Lunatic asylums Punjab 1868-1880 - 1868-1880
Year: 1868
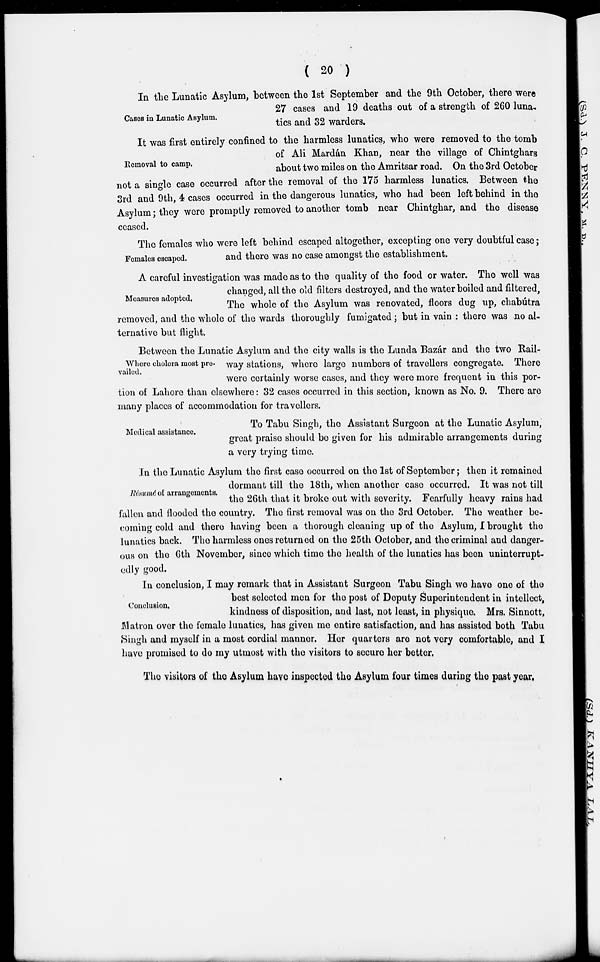
( 20 )
Cases in Lunatic Asylum.
In the Lunatic Asylum, between the 1st September and the 9th October, there were
27 cases and 19 deaths out of a strength of 260 luna-
tics and 32 warders.
Removal to camp.
It was first entirely confined to the harmless lunatics, who were removed to the tomb
of Ali Mardán Khan, near the village of Chintghars
about two miles on the Amritsar road. On the 3rd October
not a single case occurred after the removal of the 175 harmless lunatics. Between the
3rd and 9th, 4 cases occurred in the dangerous lunatics, who had been left behind in the
Asylum; they were promptly removed to another tomb near Chintghar, and the disease
ceased.
Females escaped.
The females who were left behind escaped altogether, excepting one very doubtful case;
and there was no case amongst the establishment.
Measures adopted.
A careful investigation was made as to the quality of the food or water. The well was
changed, all the old filters destroyed, and the water boiled and filtered,
The whole of the Asylum was renovated, floors dug up, chabútra
removed, and the whole of the wards thoroughly fumigated; but in vain : there was no al-
ternative but flight.
Where cholera most pre-
vailed.
Between the Lunatic Asylum and the city walls is the Lunda Bazár and the two Rail-
way stations, where large numbers of travellers congregate. There
were certainly worse cases, and they were more frequent in this por-
tion of Lahore than elsewhere: 32 cases occurred in this section, known as No. 9. There are
many places of accommodation for travellers.
Medical assistance.
To Tabu Singh, the Assistant Surgeon at the Lunatic Asylum,
great praise should be given for his admirable arrangements during
a very trying time.
Résumé of arrangements.
In the Lunatic Asylum the first case occurred on the 1st of September; then it remained
dormant till the 18th, when another case occurred. It was not till
the 26th that it broke out with severity. Fearfully heavy rains had
fallen and flooded the country. The first removal was on the 3rd October. The weather be-
coming cold and there having been a thorough cleaning up of the Asylum, I brought the
lunatics back. The harmless ones returned on the 25th October, and the criminal and danger-
ous on the 6th November, since which time the health of the lunatics has been uninterrupt-
edly good.
Conclusion.
In conclusion, I may remark that in Assistant Surgeon Tabu Singh we have one of the
best selected men for the post of Deputy Superintendent in intellect,
kindness of disposition, and last, not least, in physique. Mrs. Sinnott,
Matron over the female lunatics, has given me entire satisfaction, and has assisted both Tabu
Singh and myself in a most cordial manner. Her quarters are not very comfortable, and I
have promised to do my utmost with the visitors to secure her better.
The visitors of the Asylum have inspected the Asylum four times during the past year.